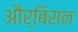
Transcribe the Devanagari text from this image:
और्बिसन